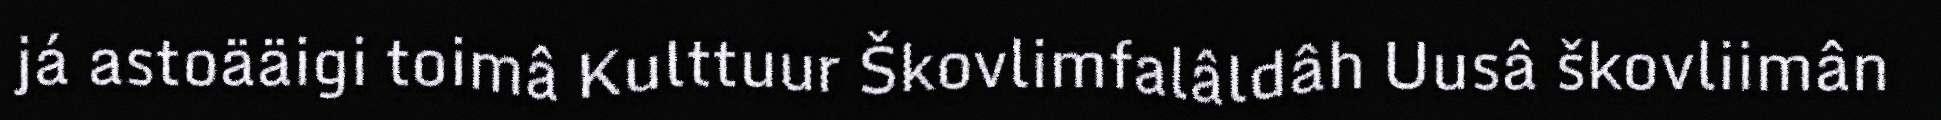
já astoääigi toimâ Kulttuur Škovlimfalâldâh Uusâ škovliimân